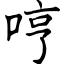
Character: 哼